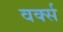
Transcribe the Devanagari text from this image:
वर्क्स